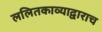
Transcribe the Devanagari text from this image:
ललितकाव्याद्वाराच